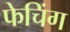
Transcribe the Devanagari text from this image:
फेचिंग